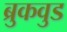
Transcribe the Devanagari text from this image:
ब्रुकवुड